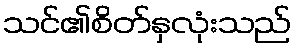
သင်၏စိတ်နှလုံးသည်